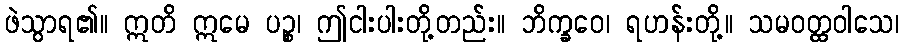
ဖဲသွာရ၏။ ဣတိ ဣမေ ပဉ္စ၊ ဤငါးပါးတို့တည်း။ ဘိက္ခဝေ၊ ရဟန်းတို့။ သမဝတ္ထဝါသေ၊